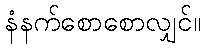
နံနက်စောစောလျှင်။